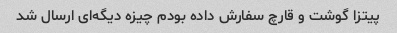
پیتزا گوشت و قارچ سفارش داده بودم چیزه دیگه‌ای ارسال شد